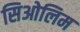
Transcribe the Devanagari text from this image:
सिओलिम